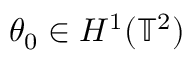
\theta _ { 0 } \in H ^ { 1 } ( \ensuremath { \mathbb { T } } ^ { 2 } )